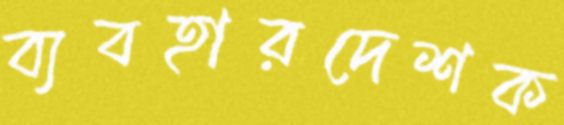
ব্যবহারদেশক